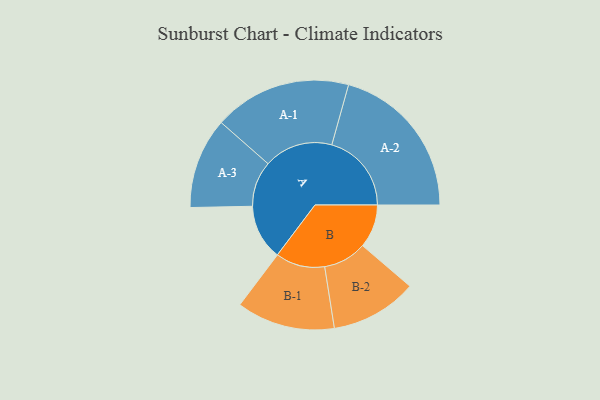
{"axis": {"x": "Segment", "y": "Value"}, "legend": ["", "A", "B"], "data": [{"x": "A", "y": 133, "type": ""}, {"x": "B", "y": 104, "type": ""}, {"x": "A-1", "y": 165, "type": "A"}, {"x": "A-2", "y": 191, "type": "A"}, {"x": "A-3", "y": 109, "type": "A"}, {"x": "B-1", "y": 118, "type": "B"}, {"x": "B-2", "y": 104, "type": "B"}]}